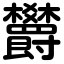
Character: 欝